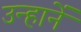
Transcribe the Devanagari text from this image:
उन्हानें